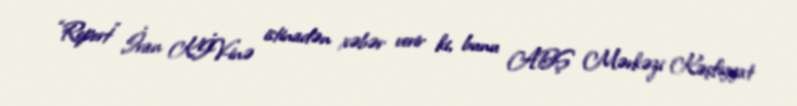
“Report” İran KİV-inə istinadən xəbər verir ki, bunu ABŞ Mərkəzi Kəşfiyyat